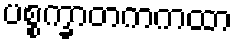
ပစ္စက္ခာတကကထာ